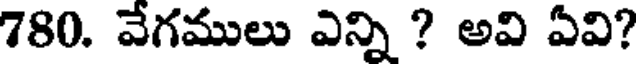
780. వేగములు ఎన్ని ? అవి ఏవి?